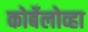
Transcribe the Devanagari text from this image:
कोर्बेलोव्हा